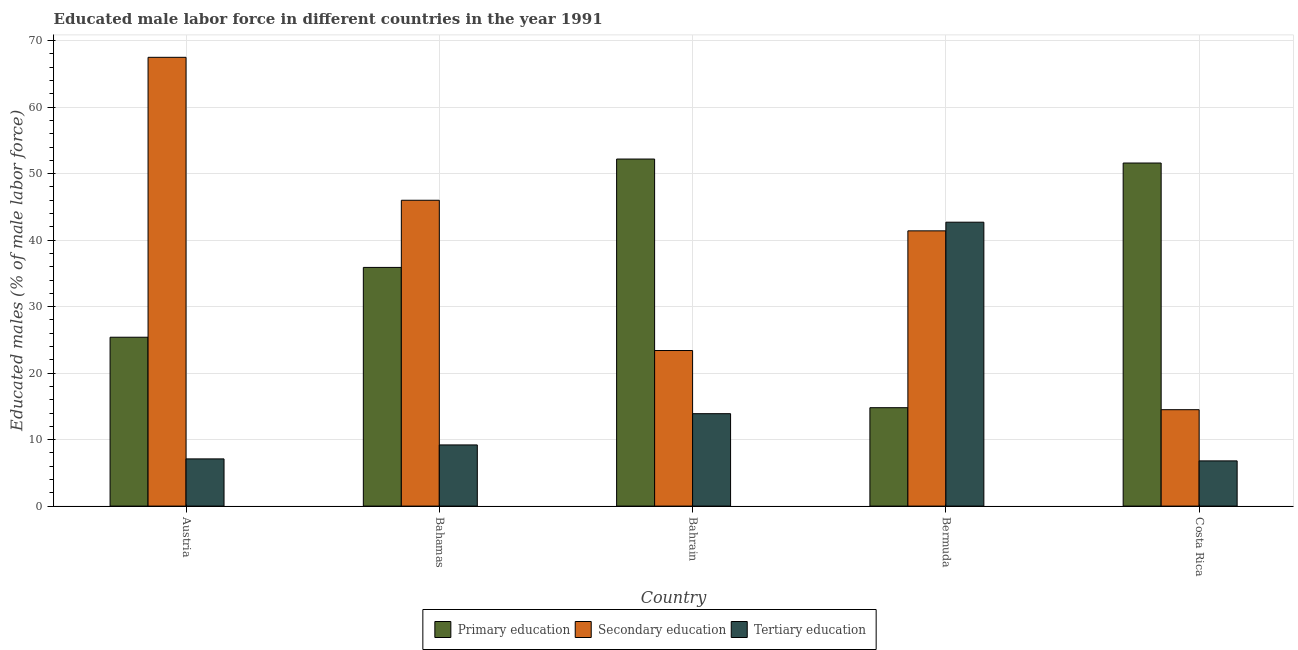
| Country | Primary education | Secondary education | Tertiary education |
 | --- | --- | --- | --- |
 | Austria | 25.4 | 67.5 | 7.1 |
 | Bahamas | 35.9 | 46 | 9.2 |
 | Bahrain | 52.2 | 23.4 | 13.9 |
 | Bermuda | 14.8 | 41.4 | 42.7 |
 | Costa Rica | 51.6 | 14.5 | 6.8 |